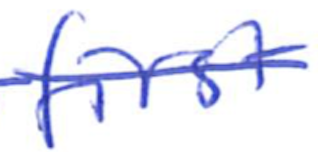
Text: first
Cross-out: single-line
Writing tool: ballpoint